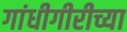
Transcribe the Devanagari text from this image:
गांधीगीरीच्या